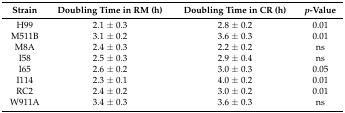
<table><thead><tr><td><b>Strain</b></td><td><b>Doubling Time in RM (h)</b></td><td><b>Doubling Time in CR (h)</b></td><td><b><i>P</i>-Value</b></td></tr></thead><tbody><tr><td>H99</td><td>2.1 ± 0.3</td><td>2.8 ± 0.2</td><td>0.01</td></tr><tr><td>M511B</td><td>3.1 ± 0.2</td><td>3.6 ± 0.3</td><td>0.01</td></tr><tr><td>M8A</td><td>2.4 ± 0.3</td><td>2.2 ± 0.2</td><td>ns</td></tr><tr><td>I58</td><td>2.5 ± 0.3</td><td>2.9 ± 0.4</td><td>ns</td></tr><tr><td>I65</td><td>2.6 ± 0.2</td><td>3.0 ± 0.3</td><td>0.05</td></tr><tr><td>I114</td><td>2.3 ± 0.1</td><td>4.0 ± 0.2</td><td>0.01</td></tr><tr><td>RC2</td><td>2.4 ± 0.2</td><td>3.0 ± 0.2</td><td>0.01</td></tr><tr><td>W911A</td><td>3.4 ± 0.3</td><td>3.6 ± 0.3</td><td>ns</td></tr></tbody></table>